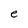
Character: e